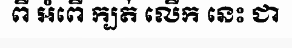
ពី អំពើ ក្បត់ លើក នេះ ជា